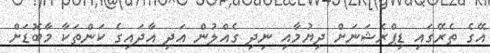
އޭގެ ތެރޭގައި ޑިޕްރެޝަނަށް ދިޔުމާއި ނިދި ގެއްލުން އަދި އާދައިގެ ކަންތަކާ މާބޮޑަށް